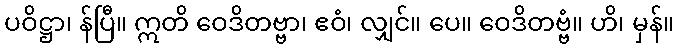
ပဝိဋ္ဌာ၊ န်ပြီ။ ဣတိ ဝေဒိတဗ္ဗာ၊ ဧဝံ၊ လျှင်။ ပေ။ ဝေဒိတဗ္ဗံ။ ဟိ၊ မှန်။